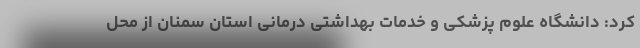
کرد: دانشگاه علوم پزشکی و خدمات بهداشتی درمانی استان سمنان از محل